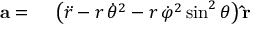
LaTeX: \begin{array} { r l } { \mathbf { a } = { } } & { { } \left( { \ddot { r } } - r \, { \dot { \theta } } ^ { 2 } - r \, { \dot { \varphi } } ^ { 2 } \sin ^ { 2 } \theta \right) \mathbf { \hat { r } } } \end{array}